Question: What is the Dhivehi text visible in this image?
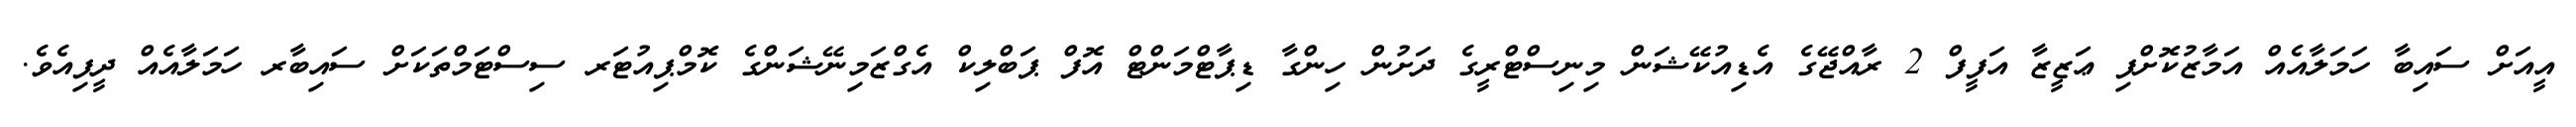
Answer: އީއަށް ސައިބާ ހަމަލާއެއް އަމާޒުކޮށްފި ޢަޒީޒާ އަފީފް 2 ރާއްޖޭގެ އެޑިއުކޭޝަން މިނިސްޓްރީގެ ދަށުން ހިންގާ ޑިޕާޓްމަންޓް އޮފް ޕަބްލިކް އެގްޒަމިނޭޝަންގެ ކޮމްޕިއުޓަރ ސިސްޓަމްތަކަށް ސައިބާރ ހަމަލާއެއް ދީފިއެވެ.